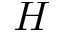
H